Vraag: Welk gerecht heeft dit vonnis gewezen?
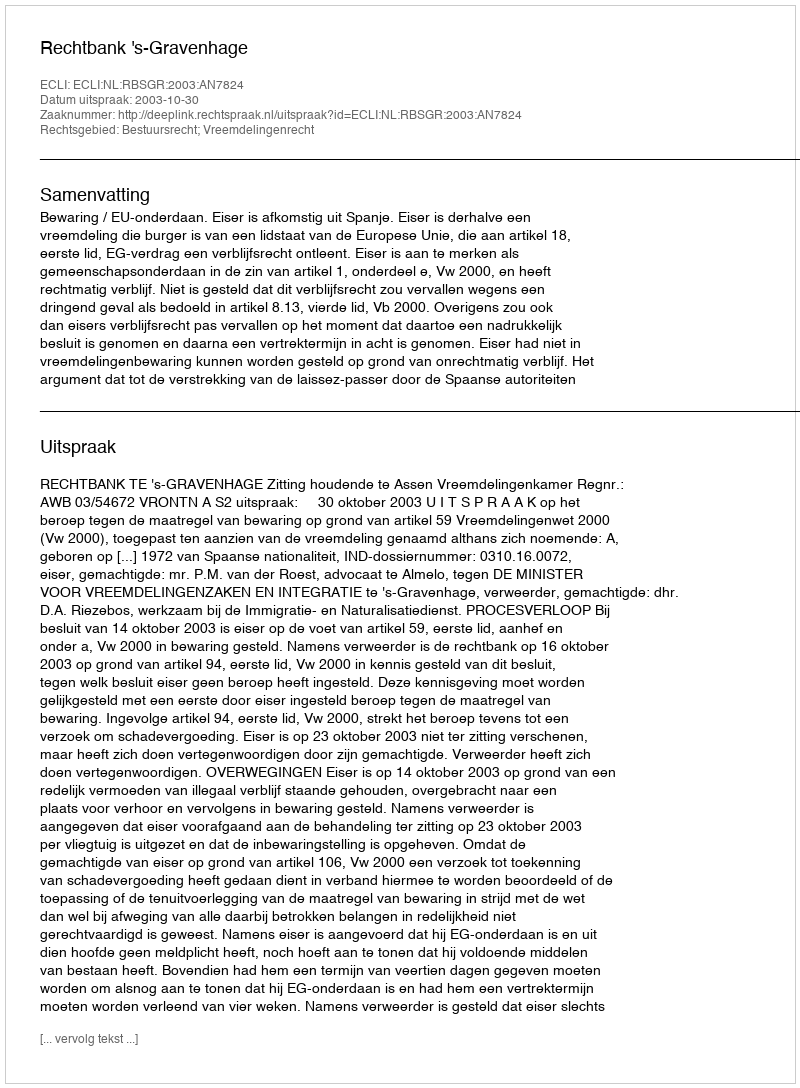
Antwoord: Rechtbank 's-Gravenhage